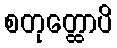
စတုတ္ထောပိ